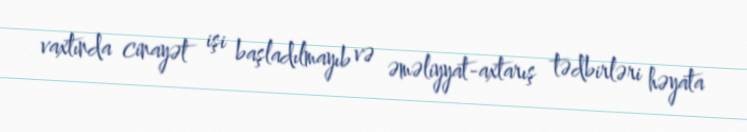
vaxtında cinayət işi başladılmayıb və əməliyyat-axtarış tədbirləri həyata